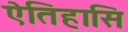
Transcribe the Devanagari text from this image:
ऐतिहासि